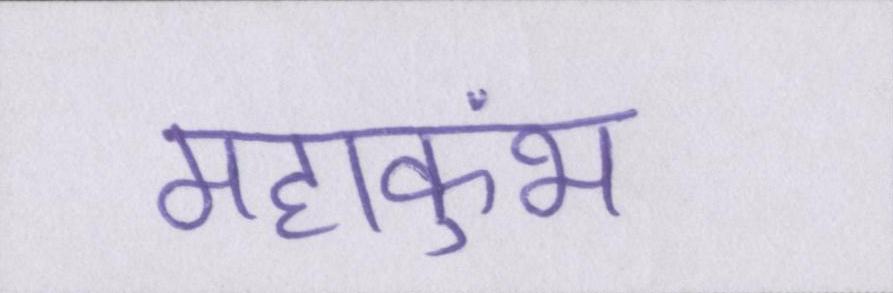
महाकुंभ